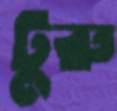
টুরু